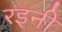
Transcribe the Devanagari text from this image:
रइनी